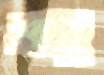
সাবু